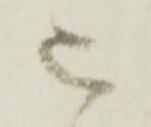
被